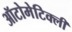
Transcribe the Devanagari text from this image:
ऑटोमेटिक्ली